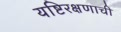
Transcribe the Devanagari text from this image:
यष्टिरक्षणाची